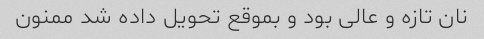
نان تازه و عالی بود و بموقع تحویل داده شد ممنون